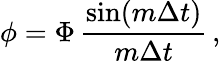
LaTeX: \phi=\Phi\, {\frac{\sin(m\Delta t)}{m\Delta t}}\, ,